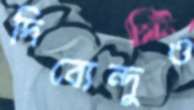
দিব্যেন্দুও